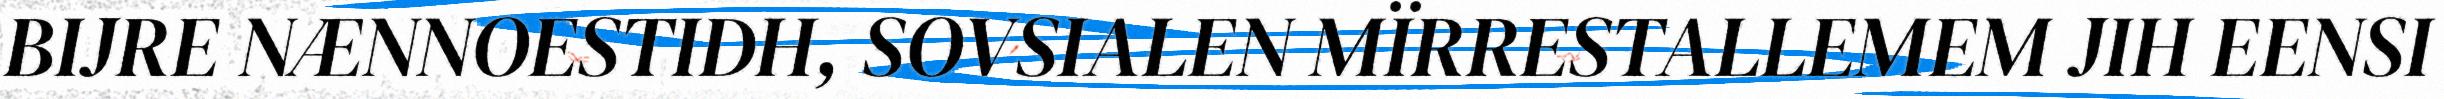
BIJRE NÆNNOESTIDH, SOVSIALEN MÏRRESTALLEMEM JIH EENSI